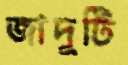
জাদুটি